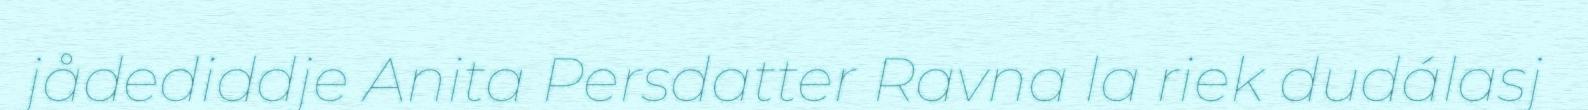
jådediddje Anita Persdatter Ravna la riek dudálasj